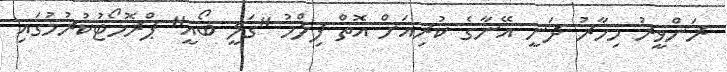
ރަންވީރު މިހާރު ދަނީ އޭނާގެ ކުރިއަށް އޮތް ފިލްމު "ގަލީ ބޯއީ" ޕްރޮމޯޓުކުރުމުގައި